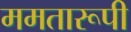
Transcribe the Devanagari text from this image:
ममतारूपी